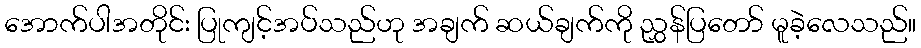
အောက်ပါအတိုင်း ပြုကျင့်အပ်သည်ဟု အချက် ဆယ်ချက်ကို ညွှန်ပြတော် မူခဲ့လေသည်။